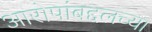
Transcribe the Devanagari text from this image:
आरोपांबद्दलच्या